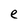
Character: e